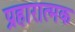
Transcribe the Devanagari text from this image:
प्रहारात्मक